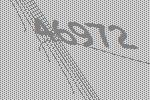
46972